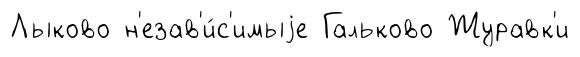
Лыково н'езав'и́с'имыjе Гальково Журавк'и